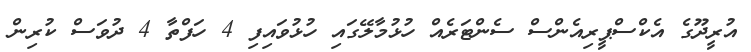
އުރީދޫގެ އެކްސްޕީރިއެންސް ސެންޓަރެއް ހުޅުމާލޭގައި ހުޅުވައިފި 4 ހަފްތާ 4 ދުވަސް ކުރިން